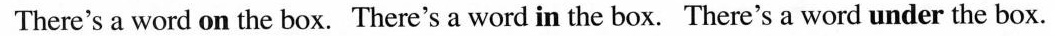
There's a word on the box. There's a word in the box. There's a word under the box.